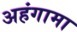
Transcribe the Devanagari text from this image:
अहंगामा